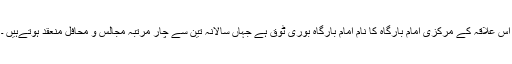
اس علاقہ کے مرکزی امام بارگاہ کا نام امام بارگاہ بوری ٹوق ہے جہاں سالانہ تین سے چار مرتبہ مجالس و محافل منعقد ہوتےہیں ۔